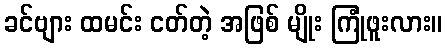
ခင်ဗျား ထမင်း ငတ်တဲ့ အဖြစ် မျိုး ကြုံဖူးလား။